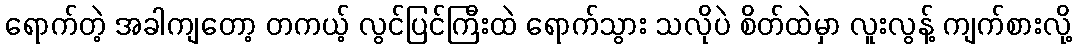
ရောက်တဲ့ အခါကျတော့ တကယ့် လွင်ပြင်ကြီးထဲ ရောက်သွား သလိုပဲ စိတ်ထဲမှာ လူးလွန့် ကျက်စားလို့